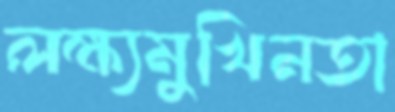
লক্ষ্যমুখিনতা